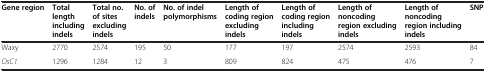
<table><thead><tr><td><b>Gene region</b></td><td><b>Total length including indels</b></td><td><b>Total no. of sites excluding indels</b></td><td><b>No. of indels</b></td><td><b>No. of indel polymorphisms</b></td><td><b>Length of coding region excluding indels</b></td><td><b>Length of coding region including indels</b></td><td><b>Length of noncoding region excluding indels</b></td><td><b>Length of noncoding region including indels</b></td><td><b>SNP</b></td></tr></thead><tbody><tr><td>Waxy</td><td>2770</td><td>2574</td><td>195</td><td>50</td><td>177</td><td>197</td><td>2574</td><td>2593</td><td>84</td></tr><tr><td><i>OsC1</i></td><td>1296</td><td>1284</td><td>12</td><td>3</td><td>809</td><td>824</td><td>475</td><td>476</td><td>7</td></tr></tbody></table>